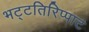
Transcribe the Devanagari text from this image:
भट्टतिरिप्पाट